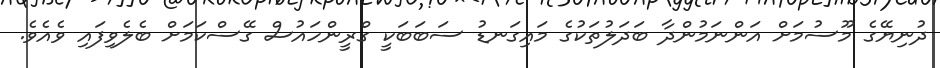
ދުނިޔޭގެ މޫސުމަށް އަންނަމުންދާ ބަދަލުތަކުގެ މައިގަނޑު ސަބަބަކީ ގްރީންހައުސް ގޭސްކަމަށް ބެލެވިފައި ވެއެވެ.